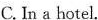
C. In a hotel.